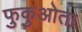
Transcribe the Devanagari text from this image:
फुकुओता